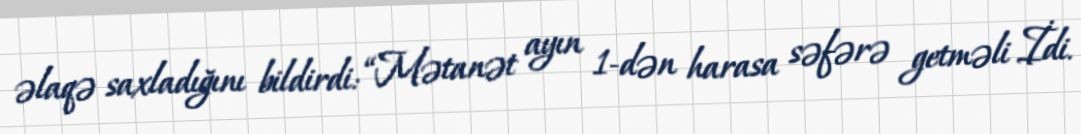
əlaqə saxladığını bildirdi: “Mətanət ayın 1-dən harasa səfərə getməli İdi.